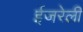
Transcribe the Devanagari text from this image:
ईजरेली